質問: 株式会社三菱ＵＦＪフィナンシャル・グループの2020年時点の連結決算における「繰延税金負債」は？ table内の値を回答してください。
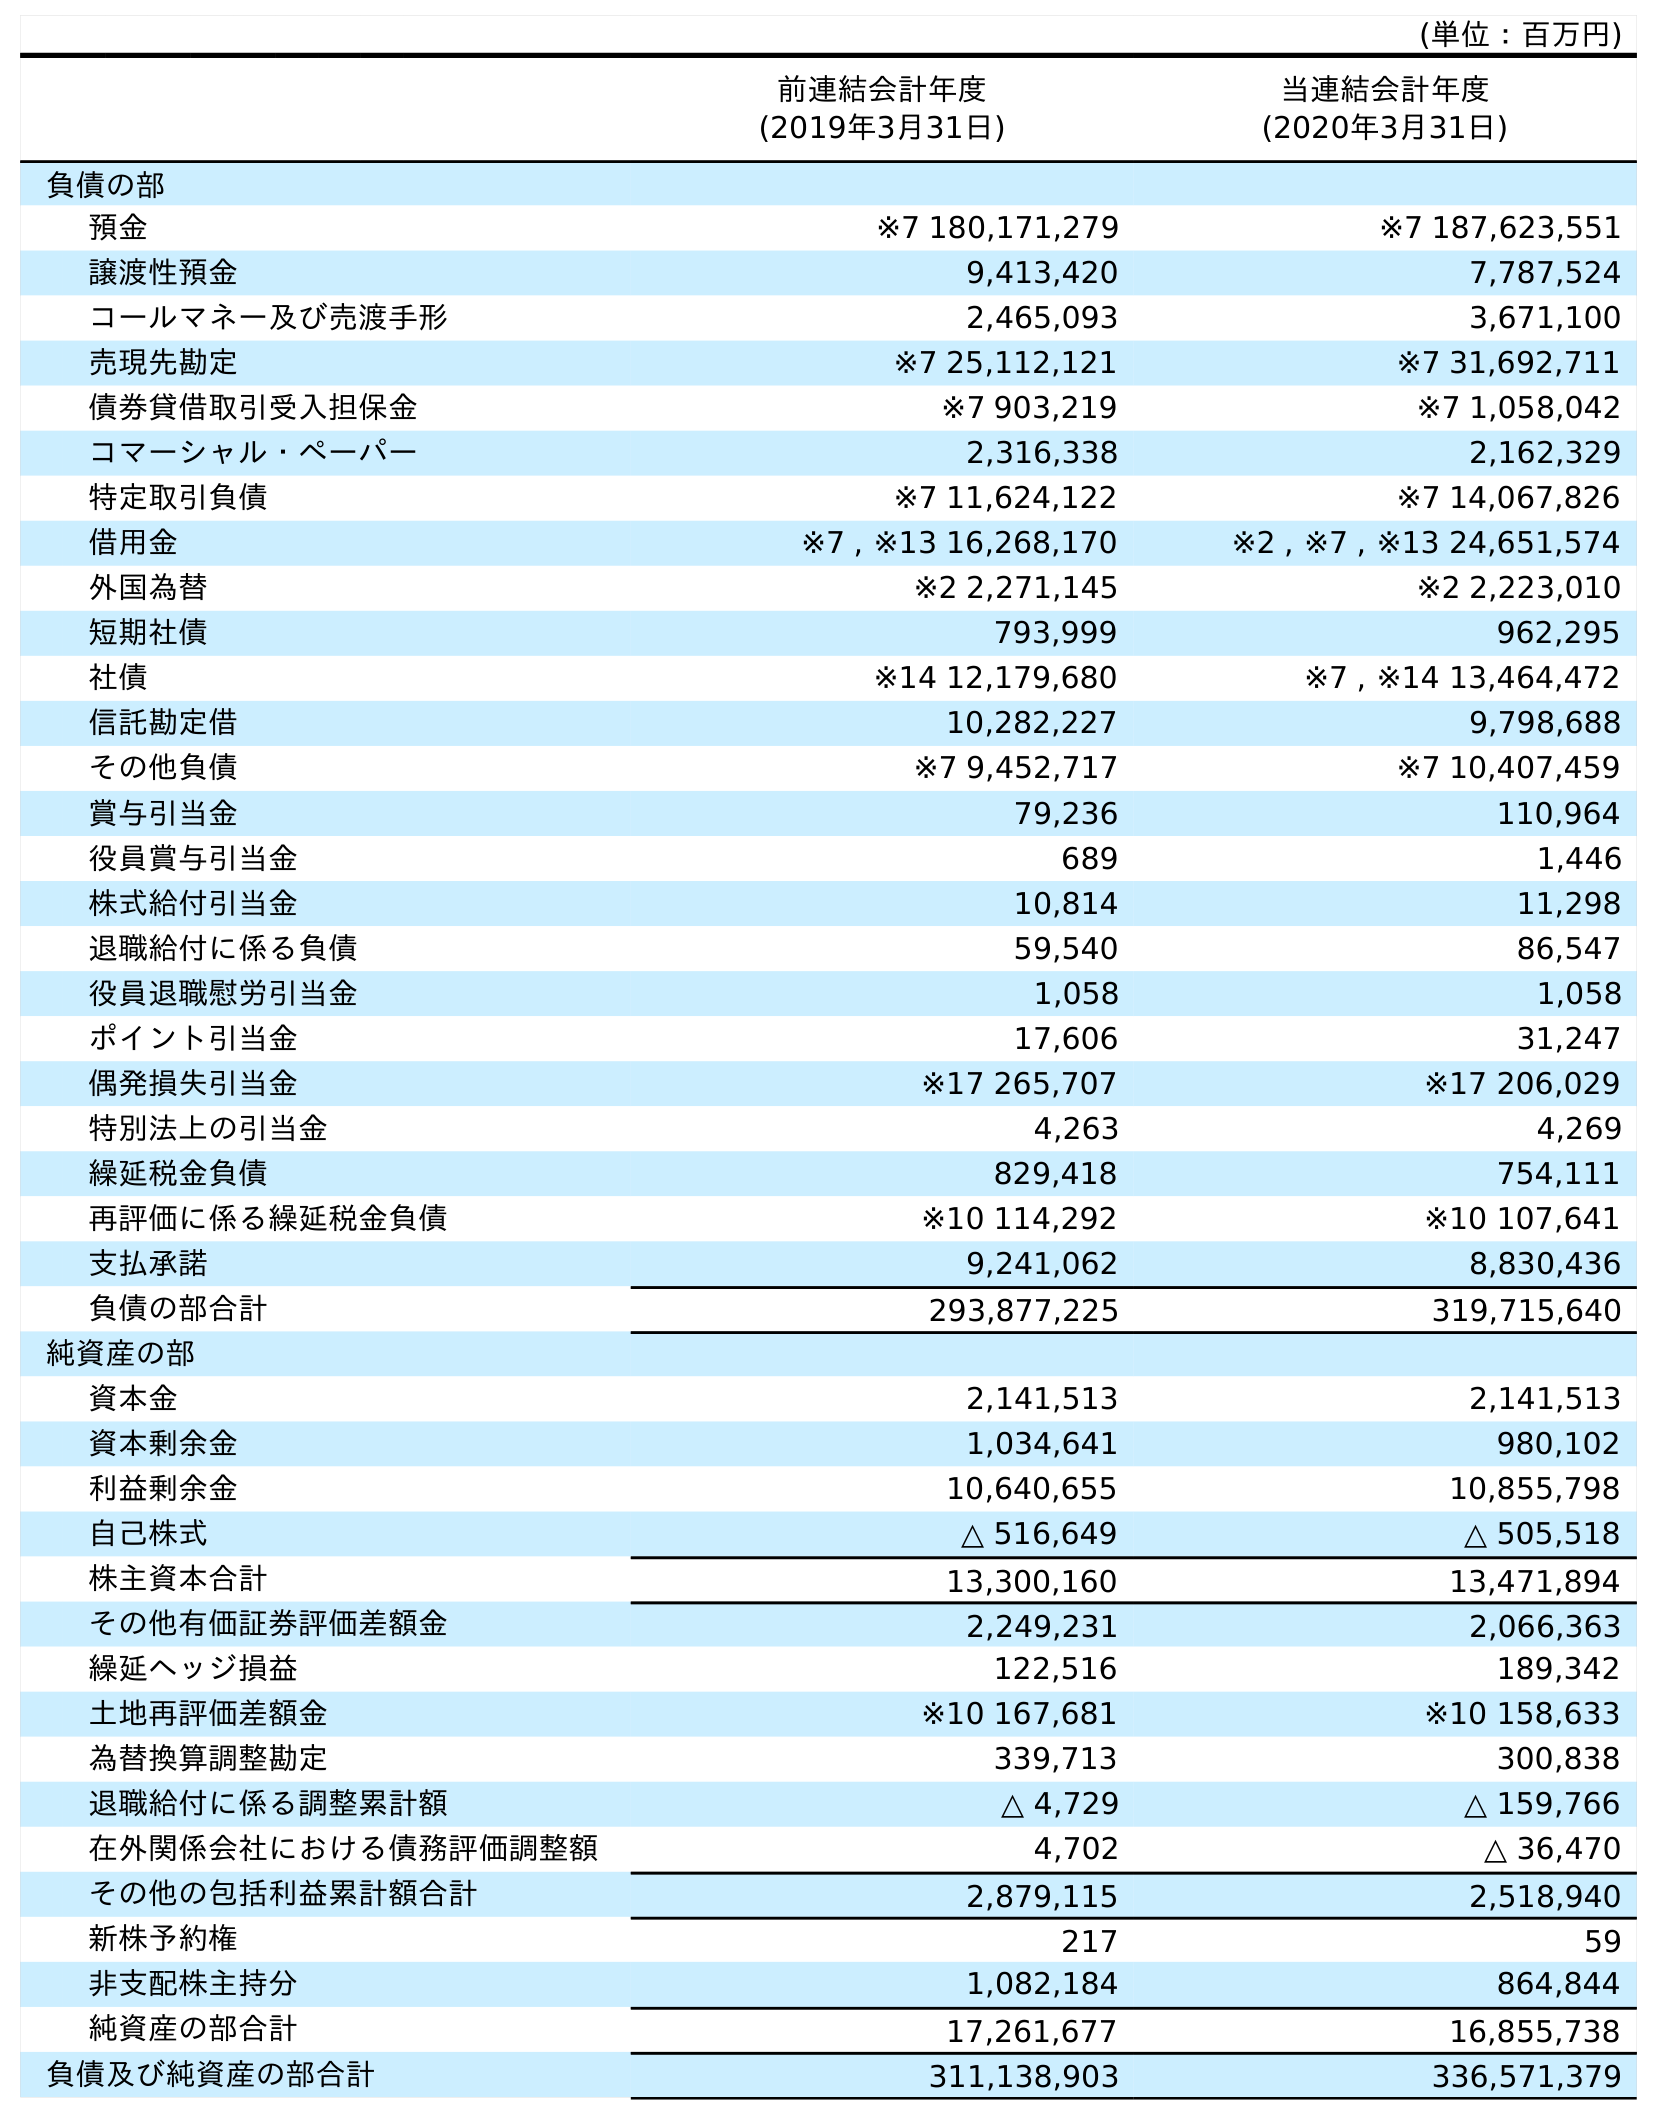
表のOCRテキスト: (単位：百万円) 前連結会計年度 (2019年3月31日) 当連結会計年度 (2020年3月31日) 負債の部 預金 ※7 180,171,279 ※7 187,623,551 譲渡性預金 9,413,420 7,787,524 コールマネー及び売渡手形 2,465,093 3,671,100 売現先勘定 ※7 25,112,121 ※7 31,692,711 債券貸借取引受入担保金 ※7 903,219 ※7 1,058,042 コマーシャル・ペーパー 2,316,338 2,162,329 特定取引負債 ※7 11,624,122 ※7 14,067,826 借用金 ※7 , ※13 16,268,170 ※2 , ※7 , ※13 24,651,574 外国為替 ※2 2,271,145 ※2 2,223,010 短期社債 793,999 962,295 社債 ※14 12,179,680 ※7 , ※14 13,464,472 信託勘定借 10,282,227 9,798,688 その他負債 ※7 9,452,717 ※7 10,407,459 賞与引当金 79,236 110,964 役員賞与引当金 689 1,446 株式給付引当金 10,814 11,298 退職給付に係る負債 59,540 86,547 役員退職慰労引当金 1,058 1,058 ポイント引当金 17,606 31,247 偶発損失引当金 ※17 265,707 ※17 206,029 特別法上の引当金 4,263 4,269 繰延税金負債 829,418 754,111 再評価に係る繰延税金負債 ※10 114,292 ※10 107,641 支払承諾 9,241,062 8,830,436 負債の部合計 293,877,225 319,715,640 純資産の部 資本金 2,141,513 2,141,513 資本剰余金 1,034,641 980,102 利益剰余金 10,640,655 10,855,798 自己株式 △ 516,649 △ 505,518 株主資本合計 13,300,160 13,471,894 その他有価証券評価差額金 2,249,231 2,066,363 繰延ヘッジ損益 122,516 189,342 土地再評価差額金 ※10 167,681 ※10 158,633 為替換算調整勘定 339,713 300,838 退職給付に係る調整累計額 △ 4,729 △ 159,766 在外関係会社における債務評価調整額 4,702 △ 36,470 その他の包括利益累計額合計 2,879,115 2,518,940 新株予約権 217 59 非支配株主持分 1,082,184 864,844 純資産の部合計 17,261,677 16,855,738 負債及び純資産の部合計 311,138,903 336,571,379
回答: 754,111